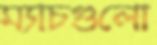
ম্যাচগুলো